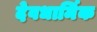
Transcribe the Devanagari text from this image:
देवधार्मिक